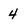
Character: 4